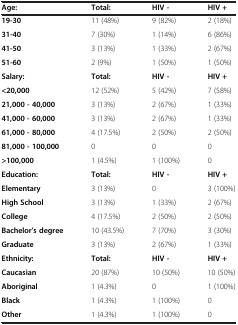
| Age: | Total: | HIV - | HIV + |
 | --- | --- | --- | --- |
 | 19-30 | 11 (48%) | 9 (82%) | 2 (18%) |
 | 31-40 | 7 (30%) | 1 (14%) | 6 (86%) |
 | 41-50 | 3 (13%) | 1 (33%) | 2 (67%) |
 | 51-60 | 2 (9%) | 1 (50%) | 1 (50%) |
 | Salary: | Total: | HIV - | HIV + |
 | <20,000 | 12 (52%) | 5 (42%) | 7 (58%) |
 | 21,000 - 40,000 | 3 (13%) | 2 (67%) | 1 (33%) |
 | 41,000 - 60,000 | 3 (13%) | 2 (67%) | 1 (33%) |
 | 61,000 - 80,000 | 4 (17.5%) | 2 (50%) | 2 (50%) |
 | 81,000 - 100,000 | 0 | 0 | 0 |
 | >100,000 | 1 (4.5%) | 1 (100%) | 0 |
 | Education: | Total: | HIV - | HIV + |
 | Elementary | 3 (13%) | 0 | 3 (100%) |
 | High School | 3 (13%) | 1 (33%) | 2 (67%) |
 | College | 4 (17.5%) | 2 (50%) | 2 (50%) |
 | Bachelor’s degree | 10 (43.5%) | 7 (70%) | 3 (30%) |
 | Graduate | 3 (13%) | 2 (67%) | 1 (33%) |
 | Ethnicity: | Total: | HIV - | HIV + |
 | Caucasian | 20 (87%) | 10 (50%) | 10 (50%) |
 | Aboriginal | 1 (4.3%) | 0 | 1 (100%) |
 | Black | 1 (4.3%) | 1 (100%) | 0 |
 | Other | 1 (4.3%) | 1 (100%) | 0 |